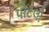
પોટલી